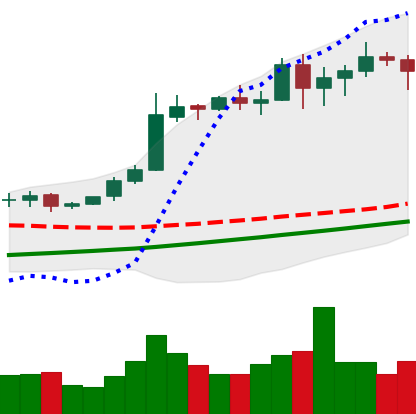
Ticker: BTC-USD
Chart end date: 2020-11-02
Forward return: 9.47%
Label: up_7plus